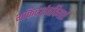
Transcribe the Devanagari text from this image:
भक्तिदर्शनविमर्शः